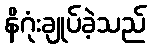
နိဂုံးချုပ်ခဲ့သည်